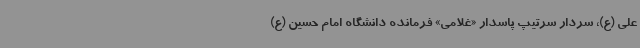
علی (ع)، سردار سرتیپ پاسدار «غلامی» فرمانده دانشگاه امام حسین (ع)